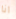
انا